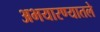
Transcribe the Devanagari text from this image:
अभयारण्यातले